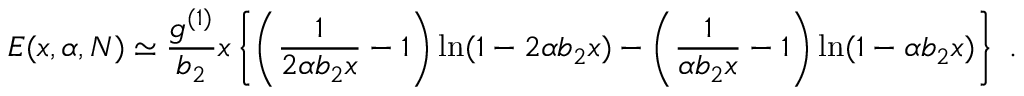
E ( x , \alpha , N ) \simeq { \frac { g ^ { ( 1 ) } } { b _ { 2 } } } x \left\{ \left( { \frac { 1 } { 2 \alpha b _ { 2 } x } } - 1 \right) \ln ( 1 - 2 \alpha b _ { 2 } x ) - \left( { \frac { 1 } { \alpha b _ { 2 } x } } - 1 \right) \ln ( 1 - \alpha b _ { 2 } x ) \right\} \ .